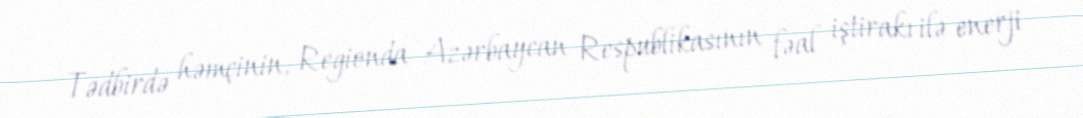
Tədbirdə həmçinin, Regionda Azərbaycan Respublikasının fəal iştirakı ilə enerji